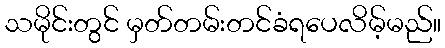
သမိုင်းတွင် မှတ်တမ်းတင်ခံရပေလိမ့်မည်။